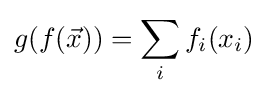
g(f({\vec {x}}))=\sum _{i}f_{i}(x_{i})